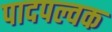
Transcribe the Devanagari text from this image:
पादपल्वक